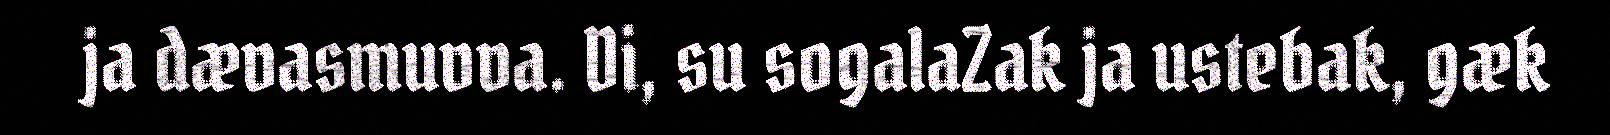
ja dævasmuvva. Di, su sogalaZak ja ustebak, gæk